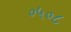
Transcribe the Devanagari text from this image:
०५०८